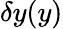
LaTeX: \delta y(y)